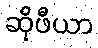
ဆိုဖီယာ